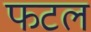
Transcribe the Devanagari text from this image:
फटल